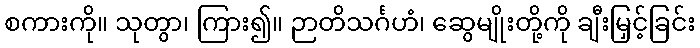
စကားကို။ သုတွာ၊ ကြား၍။ ဉာတိသင်္ဂဟံ၊ ဆွေမျိုးတို့ကို ချီးမြှင့်ခြင်း